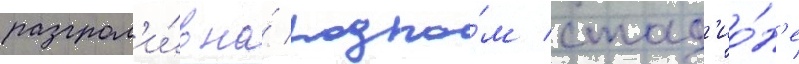
разгром'и́в на́ родно́м стад'ио́н'е